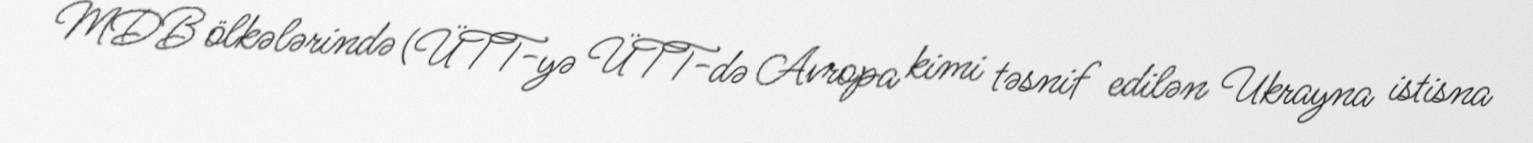
MDB ölkələrində (ÜTT-yə ÜTT-də Avropa kimi təsnif edilən Ukrayna istisna